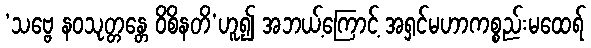
‘သဗ္ဗေ နဝသုတ္တန္တေ ဝိစိနတိ’ဟူ၍ အဘယ့်ကြောင့် အရှင်မဟာကစ္စည်းမထေရ်